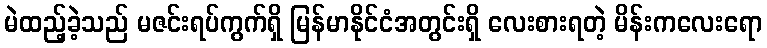
မဲထည့်ခဲ့သည် မဇင်းရပ်ကွက်ရှိ မြန်မာနိုင်ငံအတွင်းရှိ လေးစားရတဲ့ မိန်းကလေးရော